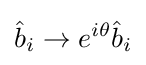
{\hat {b}}_{i}\rightarrow e^{i\theta }{\hat {b}}_{i}